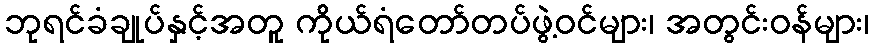
ဘုရင်ခံချုပ်နှင့်အတူ ကိုယ်ရံတော်တပ်ဖွဲ့ဝင်များ၊ အတွင်းဝန်များ၊